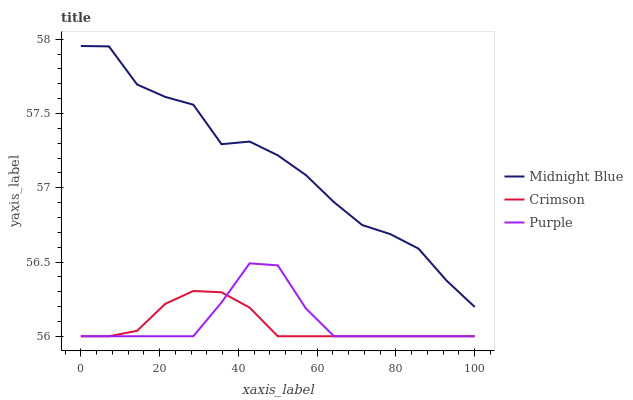
| xaxis_label | Midnight Blue | Crimson | Purple |
 | --- | --- | --- | --- |
 | 0 | 58 | 56 | 56 |
 | 7.14 | 58 | 56 | 56 |
 | 14.3 | 57.7 | 56 | 56 |
 | 21.4 | 57.6 | 56.2 | 56 |
 | 28.6 | 57.6 | 56.3 | 56 |
 | 35.7 | 57.3 | 56.3 | 56.2 |
 | 42.9 | 57.3 | 56.2 | 56.5 |
 | 50 | 57.2 | 56 | 56.5 |
 | 57.1 | 57.1 | 56 | 56.2 |
 | 64.3 | 56.9 | 56 | 56 |
 | 71.4 | 56.7 | 56 | 56 |
 | 78.6 | 56.7 | 56 | 56 |
 | 85.7 | 56.6 | 56 | 56 |
 | 92.9 | 56.4 | 56 | 56 |
 | 100 | 56.2 | 56 | 56 |